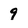
Character: 9